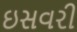
ઇસવરી